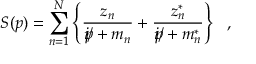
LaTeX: S ( p ) = \sum _ { n = 1 } ^ { N } \left\{ \frac { z _ { n } } { i / \! \! \! p + m _ { n } } + \frac { z _ { n } ^ { * } } { i / \! \! \! p + m _ { n } ^ { * } } \right\} ~ ~ ,